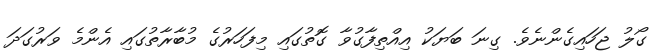
ގޯލު ޖަހައިގެންނެވެ. ގިނަ ބަޔަކު އިއްތިފާގުވާ ގޮތުގައި މިފަހަރުގެ މުބާރާތުގައި އެންމެ ވަރުގަދަ